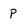
Character: p